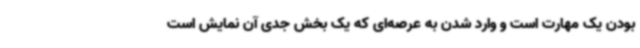
بودن یک مهارت است و وارد شدن به عرصه‌ای که یک بخش جدی آن نمایش است